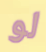
لو